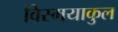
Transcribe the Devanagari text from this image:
विस्मयाकुल